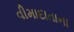
વીમાદાતાના